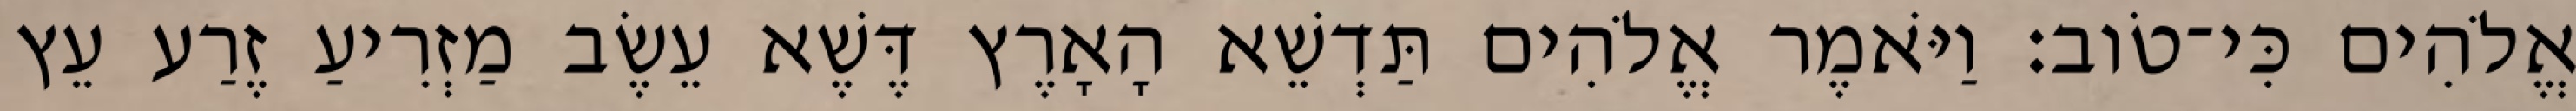
אֱלֹהִים כִּי־טֹוב׃ וַיֹּאמֶר אֱלֹהִים תַּדְשֵׁא הָאָרֶץ דֶּשֶׁא עֵשֶׂב מַזְרִיעַ זֶרַע עֵץ